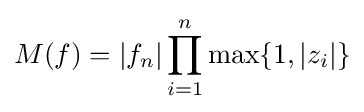
M(f)=|f_{n}|\prod \limits _{i=1}^{n}\max\{1,|z_{i}|\}